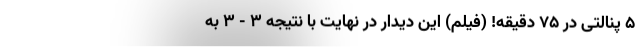
۵ پنالتی در ۷۵ دقیقه! (فیلم) این دیدار در نهایت با نتیجه ۳ - ۳ به